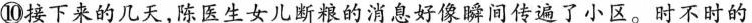
⑩接下来的几天，陈医生女儿断粮的消息好像瞬间传遍了小区。时不时的